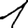
Digit: 1